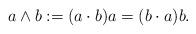
LaTeX: \begin{align*}a\wedge b:=(a\cdot b)a=(b\cdot a)b. \end{align*}